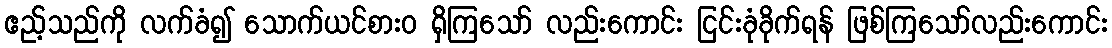
ဧည့်သည်ကို လက်ခံ၍ သောက်ယင်စားဝ ရှိကြသော် လည်းကောင်း ငြင်းခုံခိုက်ရန် ဖြစ်ကြသော်လည်းကောင်း